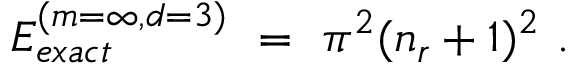
E _ { e x a c t } ^ { ( m = \infty , d = 3 ) } \ = \ \pi ^ { 2 } ( n _ { r } + 1 ) ^ { 2 } \ .